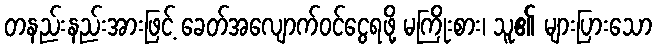
တနည်းနည်းအားဖြင့် ခေတ်အလျောက်ဝင်ငွေရဖို့ မကြိုးစား၊ သူ၏ များပြားသော